Civil Veterinary Department. United Provinces 1932-42 - 1932-1942
Year: 1932
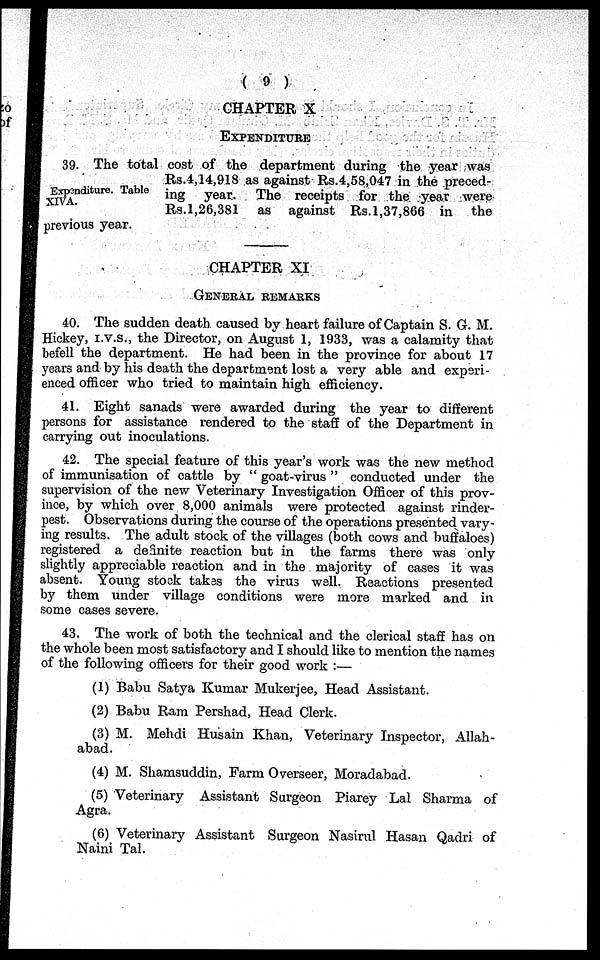
( 9 )
CHAPTER X
EXPENDITURE
Expanditure. Table
XIVA.
39. The total cost of the department during the year was
Rs.4,14,918 as against Rs.4,58,047 in the preced-
ing year. The receipts for the year were
Rs.1,26,381 as against Rs.1,37,866 in
the
previous year.
CHAPTER XI
GENERAL REMARKS
40. The sudden death caused by heart failure of Captain S. G. M.
Hickey, i.v.s., the Director, on August 1, 1933, was a calamity that
befell the department. He had been in the province for about 17
years and by his death the department lost a very able and experi-
enced officer who tried to maintain high efficiency.
41. Eight sanads were awarded during the year to different
persons for assistance rendered to the staff of the Department in
carrying out inoculations.
42. The special feature of this year's work was the new method
of immunisation of cattle by " goat-virus " conducted under the
supervision of the new Veterinary Investigation Officer of this prov-
ince, by which over 8,000 animals were protected against rinder-
pest. Observations during the course of the operations presented vary-
ing results. The adult stock of the villages (both cows and buffaloes)
registered a definite reaction but in the farms there was only
slightly appreciable reaction and in the majority of cases it was
absent. Young stock takes the virus well. Reactions presented
by them under village conditions were more marked and in
some cases severe.
43. The work of both the technical and the clerical staff has on
the whole been most satisfactory and I should like to mention the names
of the following officers for their good work :—
(1) Babu Satya Kumar Mukerjee, Head Assistant.
(2) Babu Ram Pershad, Head Clerk.
(3) M. Mehdi Husain Khan, Veterinary Inspector, Allah-
abad.
(4) M. Shamsuddin, Farm Overseer, Moradabad.
(5) Veterinary Assistant Surgeon Piarey Lal Sharma of
Agra.
(6) Veterinary Assistant Surgeon Nasirul Hasan Qadri of
Naini Tal.